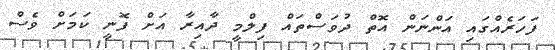
ފަހަރެއްގައި އަންނަން އޮތް ދުވަސްތައް ފިލްމީ ދާއިރާ އަށް ފޮނީ ކަމަށް ވެސް